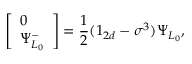
\left[ \begin{array} { l } { { 0 } } \\ { { \Psi _ { L _ { 0 } } ^ { - } } } \end{array} \right] = { \frac { 1 } { 2 } } ( 1 _ { 2 d } - \sigma ^ { 3 } ) \Psi _ { L _ { 0 } } ,